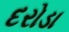
દરોડા